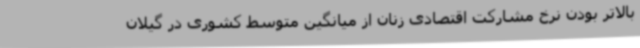
بالاتر بودن نرخ مشارکت اقتصادی زنان از میانگین متوسط کشوری در گیلان